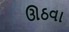
ઊઠવા